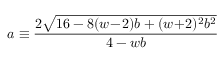
a \equiv \frac { 2 \sqrt { 1 6 - 8 ( w \! - \! 2 ) b + ( w \! + \! 2 ) ^ { 2 } b ^ { 2 } } } { 4 - w b }